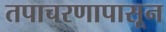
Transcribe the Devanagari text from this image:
तपाचरणापासून